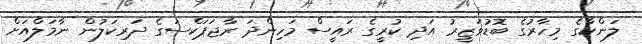
ލަންކާގެ މިހާރުގެ ބޮޑުވަޒީރު އަދި ކުރީގެ ރައީސް މަހިންދަ ރާޖަޕަކްސަގެ ދަރިކަލުން ނާމަލްއަށް